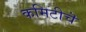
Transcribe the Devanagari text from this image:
कमिटीचॆ